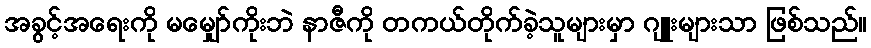
အခွင့်အရေးကို မမျှော်ကိုးဘဲ နာဇီကို တကယ်တိုက်ခဲ့သူများမှာ ဂျူးများသာ ဖြစ်သည်။